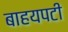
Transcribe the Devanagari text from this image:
बाहयपटी